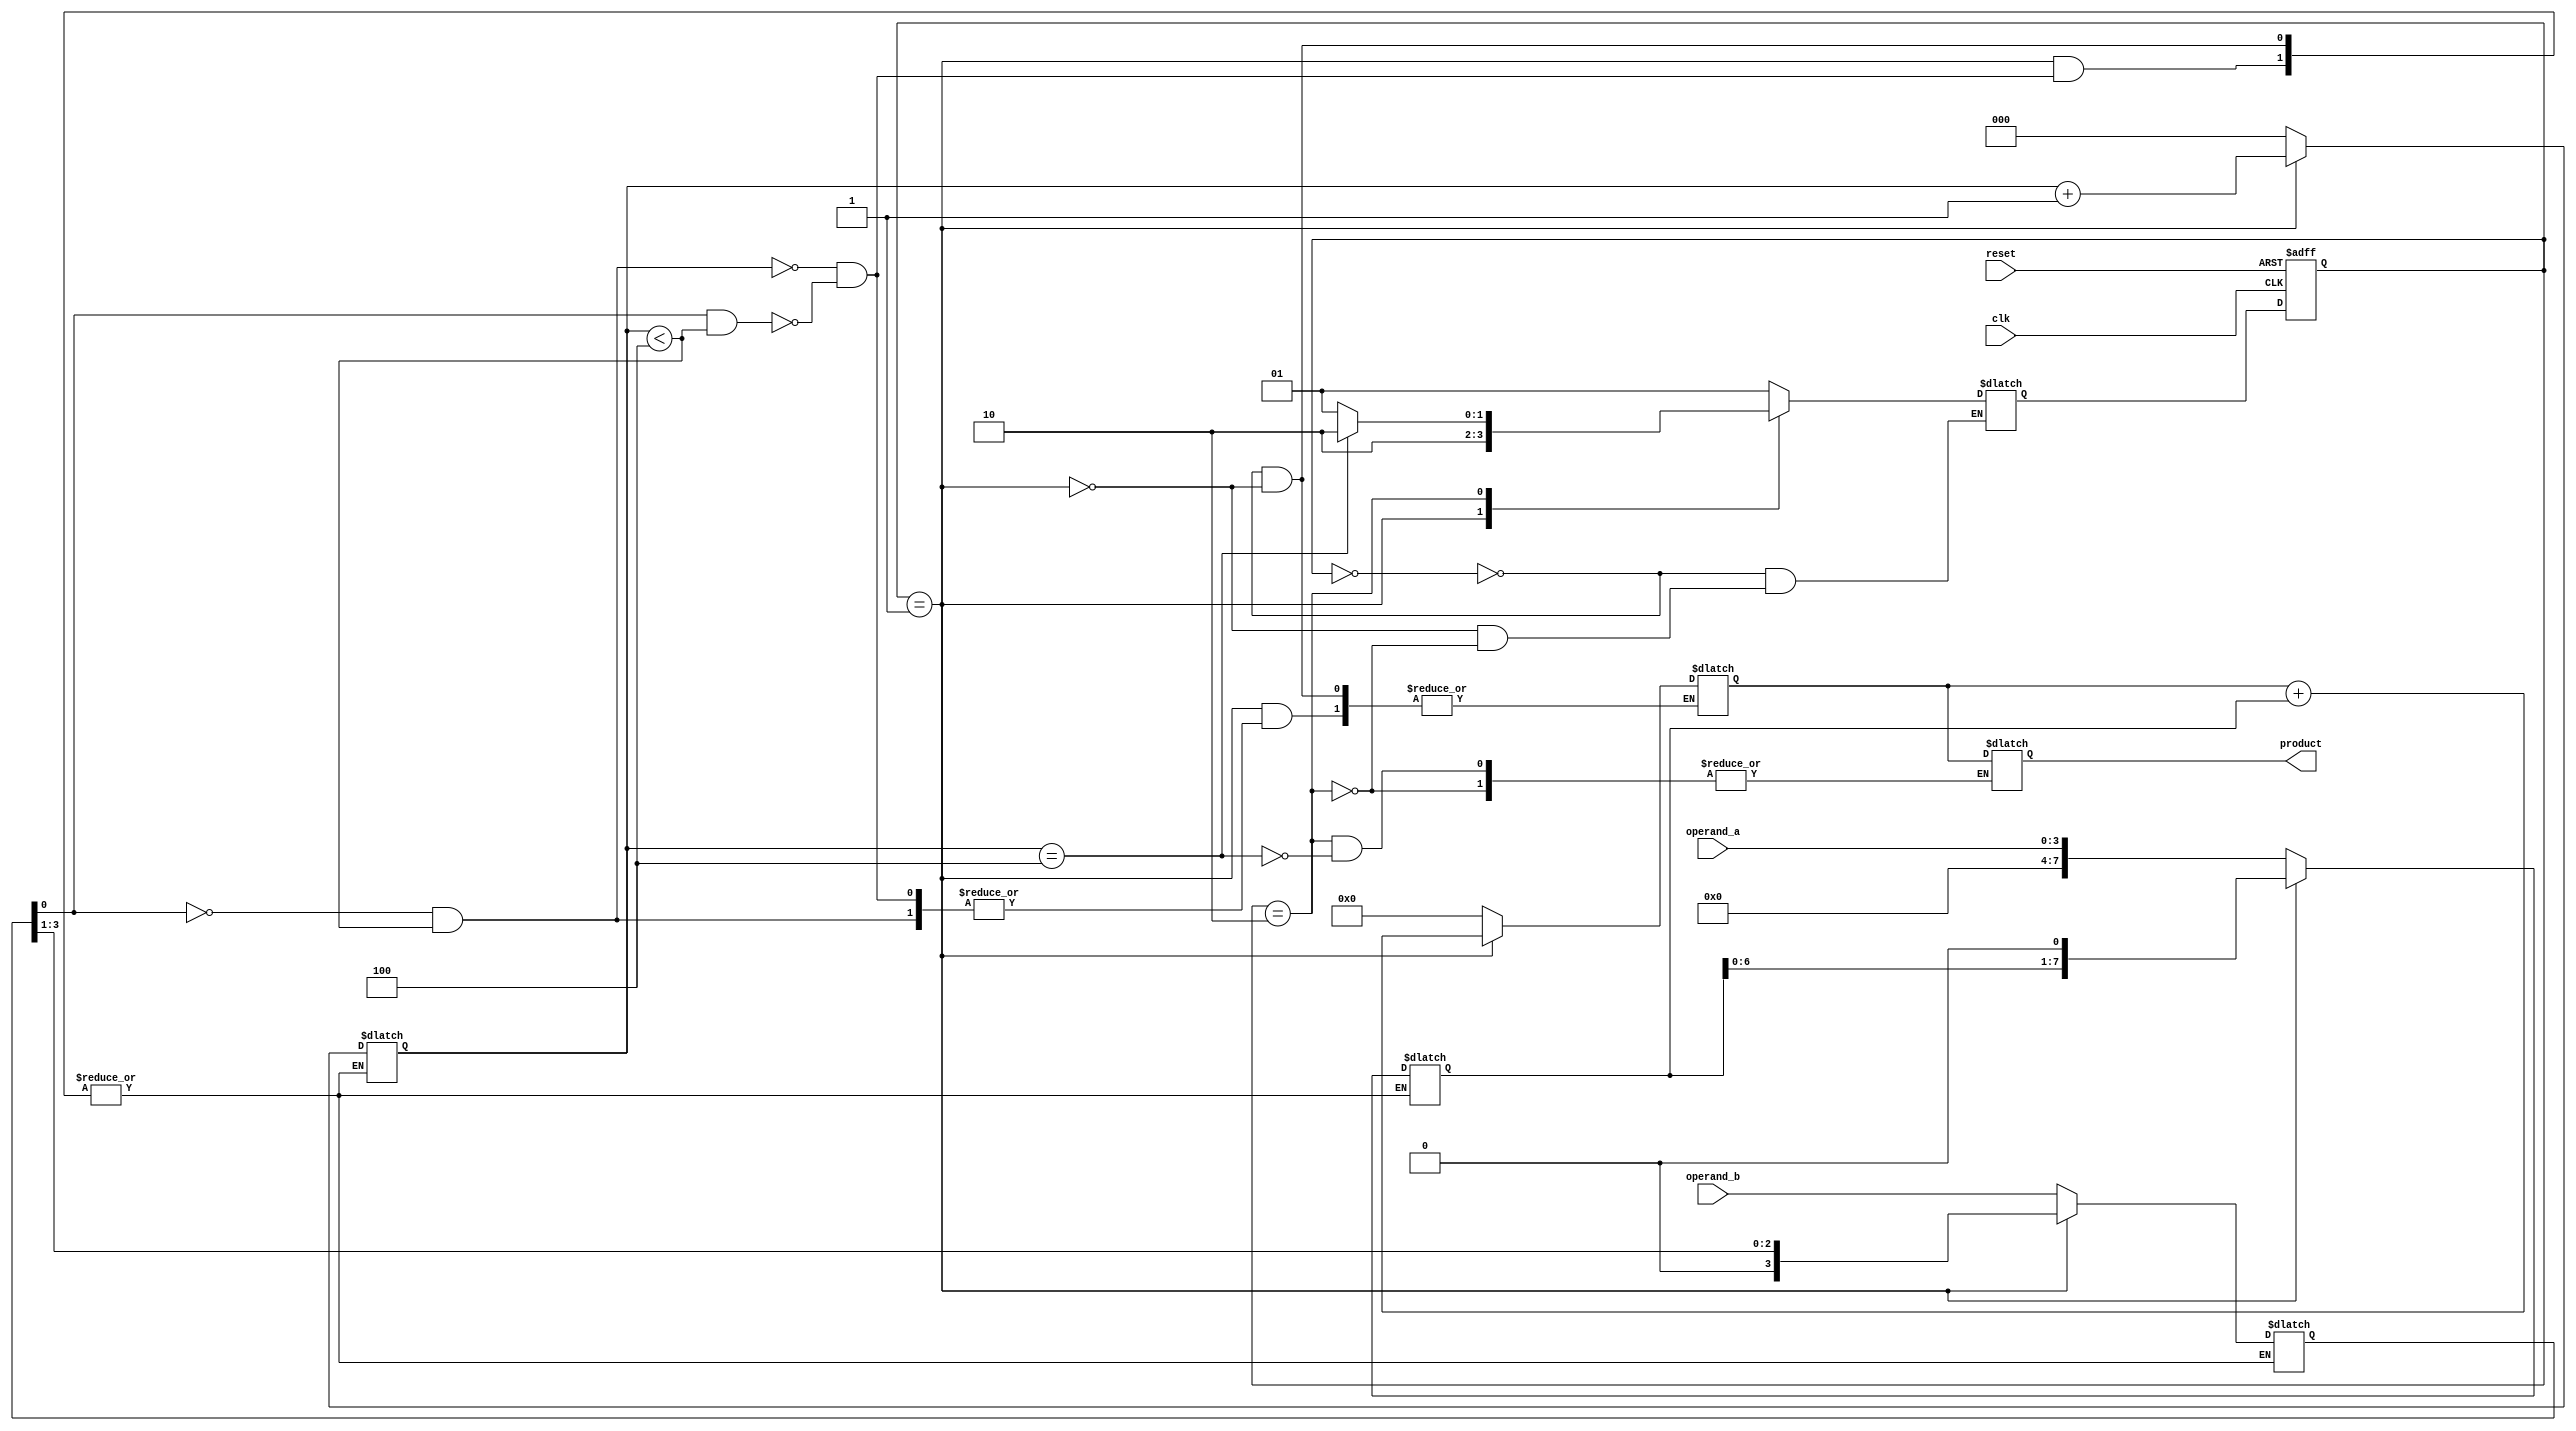
module Seq_Multiplier(


  input clk, reset,

  input [3:0] operand_a,

  input [3:0] operand_b,

  output reg [7:0] product

);

 

 

  

  reg [7:0] multiplicand;

 

  reg [7:0] partial_product;

  reg [2:0] shift_count;

reg [3:0] operand_bb;//= operand_b;

 

  

parameter S0_idle = 0 , S1_multiply = 1 , S2_update_result = 2 ;

reg [1:0] PS,NS ;

 

    always@(posedge clk or posedge reset)

        begin

            if(reset)

                PS <= S0_idle;  

            else   

                PS <= NS ;

        end 

 

 

                              

 

    always@(*)

        begin

            

            case(PS)

                                                         

                                                          S0_idle:begin

                                                          partial_product <= 8'b0;

                                                     shift_count <= 3'b0;

                                          

                                                          multiplicand<= {4'b0,operand_a} ;

                                                          operand_bb<= operand_b;

                                                         

                                          

                                                         

                                                          NS = S1_multiply;

                                                          end

                                                         

                                                          S1_multiply:begin          

                                                          NS = S2_update_result;

                                                                        if ((operand_bb[0]==0 && shift_count <4)) begin

                                                                                      partial_product <= partial_product;

                                                                                      shift_count <= shift_count + 3'b1;

                                                                                      multiplicand <= multiplicand <<1;

                                                                                      operand_bb <=operand_bb>>1;

                                                                                      end

                                                                        else if ((operand_bb[0]==1) && (shift_count <4)) begin

                                                                                      partial_product <= partial_product + multiplicand;

                                                                                      shift_count <= shift_count + 3'b1;

                                                                                      multiplicand <= multiplicand <<1;

                                                                                      operand_bb <=operand_bb>>1;

                                                                        end

                                                           

                                                             

                                                          end

                                                         

                                                          S2_update_result:begin

                                                                        if ( shift_count ==4) begin

                                                                        NS = S2_update_result;

                                                                        product <=partial_product;

                                                                        end

                                                                        else begin

                                                                        NS = S1_multiply;

                                                                        end

                                                                        end

                                                          endcase

                                                         

                                           end      

 

endmodule